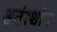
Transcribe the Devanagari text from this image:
अतंर्स्थान